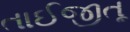
તાઈજીતૂ